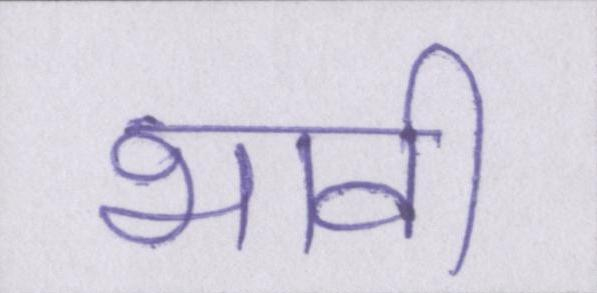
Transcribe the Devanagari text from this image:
भावी